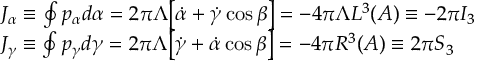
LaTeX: \begin{array} { l } { { J _ { \alpha } \equiv \oint p _ { \alpha } d \alpha = 2 \pi \Lambda \bigl [ \dot { \alpha } + \dot { \gamma } \cos \beta \bigr ] = - 4 \pi \Lambda { \cal L } ^ { 3 } ( A ) \equiv - 2 \pi I _ { 3 } } } \\ { { J _ { \gamma } \equiv \oint p _ { \gamma } d \gamma = 2 \pi \Lambda \bigl [ \dot { \gamma } + \dot { \alpha } \cos \beta \bigr ] = - 4 \pi { \cal R } ^ { 3 } ( A ) \equiv 2 \pi S _ { 3 } } } \end{array}